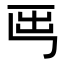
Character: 𡴈